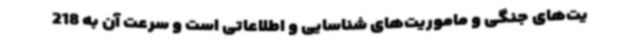
یت‌های جنگی و ماموریت‌های شناسایی و اطلاعاتی است و سرعت آن به 218